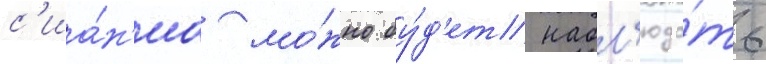
с'иа́н'иа мо́жно бу́д'ет набл'юда́ть